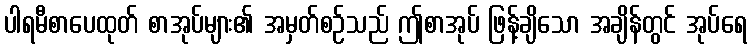
ပါရမီစာပေထုတ် စာအုပ်များ၏ အမှတ်စဉ်သည် ဤစာအုပ် ဖြန့်ချိသော အချိန်တွင် အုပ်ရေ